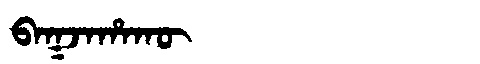
Manchu: ᠪᠠᡴᠵᠠᡥᠠᡴᡡ
Romanization: BAKJAHAKŪ